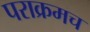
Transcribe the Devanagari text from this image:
पराक्रमच